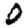
Digit: 0